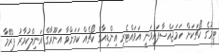
ޓީމުގެ ކޯޗަކަށް ހަމަޖައްސާފައިވަނީ އަވައްޓެރި އިންޑިއާގެ ކޯޗެއް ކަމަށްވާ އަނޫރާގް އަނިލްކުމާރު ޕްރޭމާ